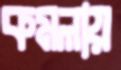
কমলায়